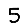
Digit: 5